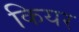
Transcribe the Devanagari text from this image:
कियर